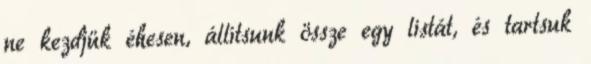
ne kezdjük éhesen, állítsunk össze egy listát, és tartsuk